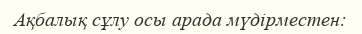
Ақбалық сұлу осы арада мүдірместен: